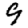
Digit: 9